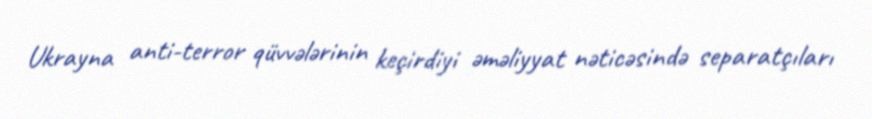
Ukrayna anti-terror qüvvələrinin keçirdiyi əməliyyat nəticəsində separatçıları